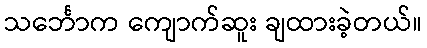
သင်္ဘောက ကျောက်ဆူး ချထားခဲ့တယ်။